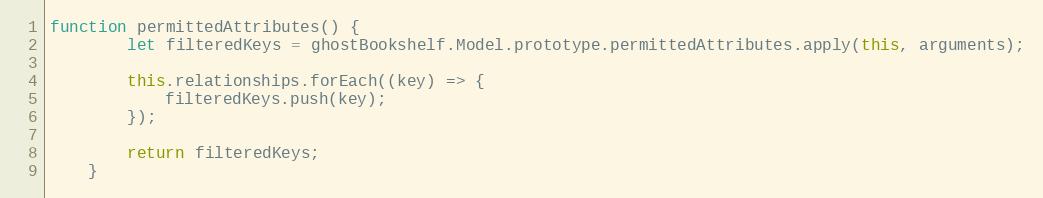
Language: JavaScript
function permittedAttributes() {
        let filteredKeys = ghostBookshelf.Model.prototype.permittedAttributes.apply(this, arguments);

        this.relationships.forEach((key) => {
            filteredKeys.push(key);
        });

        return filteredKeys;
    }